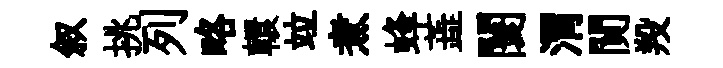
叙挑列略轘竝煮蜂蕋闤渭閴羖